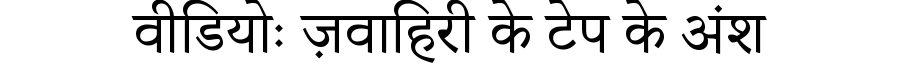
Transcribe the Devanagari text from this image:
वीडियोः ज़वाहिरी के टेप के अंश